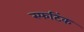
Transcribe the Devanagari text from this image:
स्फटिंक